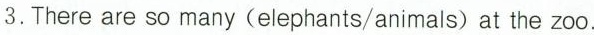
3. There are so many (elephants/animals) at the zoo.